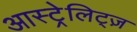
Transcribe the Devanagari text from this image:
आस्ट्रेलिट्ज़